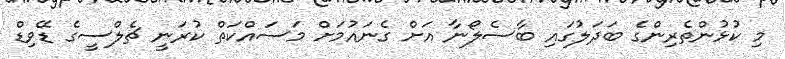
މި ކުޅުންތެރިންގެ ބަދަލުގައި ބާސެލޯނާ އަށް ގެނައުމަށް މަސައްކަތް ކުރަނީ ޗެލްސީގެ ޑޭވިޑް